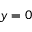
y = 0